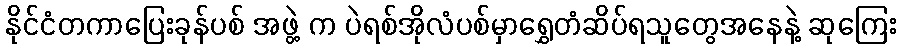
နိုင်ငံတကာပြေးခုန်ပစ် အဖွဲ့ က ပဲရစ်အိုလံပစ်မှာရွှေတံဆိပ်ရသူတွေအနေနဲ့ ဆုကြေး